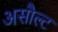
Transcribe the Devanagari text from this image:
असौल्ट